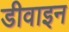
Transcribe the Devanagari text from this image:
डीवाइन